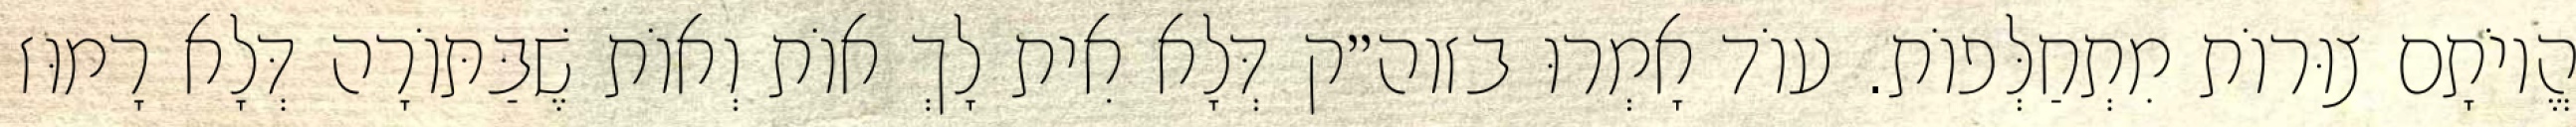
הֱיוֹתָם צוּרוֹת מִתְחַלְּפוֹת. עוֹד אָמְרוּ בזוה״ק דְּלָא אִית לָךְ אוֹת וְאוֹת שֶׁבַּתּוֹרָה דְּלָא רָמוּז